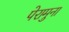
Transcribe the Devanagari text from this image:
पेरामुना